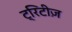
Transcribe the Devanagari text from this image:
ट्रिटीज़